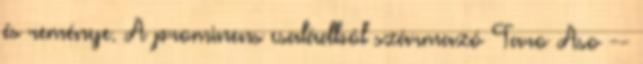
és reménye. A prominens családból származó Taro Aso --